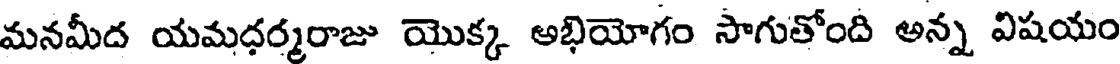
మనమీద యమధర్మరాజు యొక్క అభియోగం సాగుతోంది అన్న విషయం